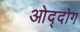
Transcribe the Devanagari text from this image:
ओद्दोग